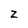
Character: Z